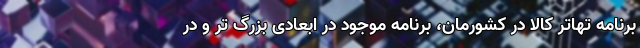
برنامه تهاتر کالا در کشورمان، برنامه موجود در ابعادی بزرگ تر و در